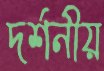
দর্শনীয়